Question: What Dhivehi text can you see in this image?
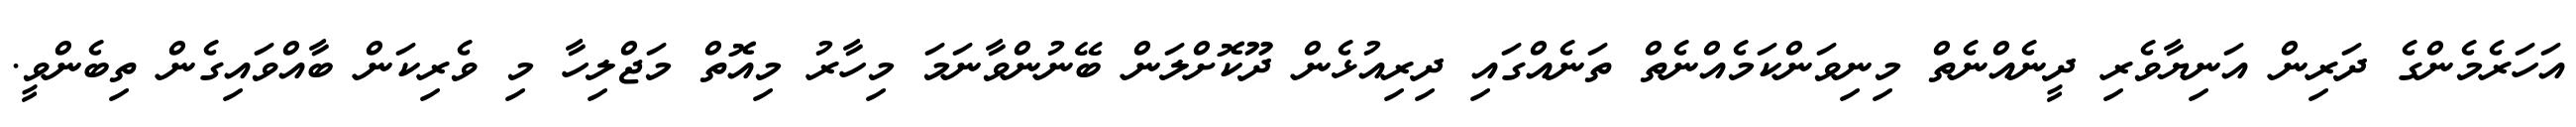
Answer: އަހަރެމެންގެ ދަރިން އަނިޔާވެރި ދީނެއްނެތް މިނިވަންކަމެއްނެތް ތަނެއްގައި ދިރިއުޅެން ދޫކޮށްލަން ބޭނުންވާނަމަ މިހާރު މިއޮތް މަޖްލިހާ މި ވެރިކަން ބާއްވައިގެން ތިބެންވީ.